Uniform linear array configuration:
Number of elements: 32
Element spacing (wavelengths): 0.5
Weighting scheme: exponential
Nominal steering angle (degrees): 15
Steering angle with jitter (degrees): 14.982
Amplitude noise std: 0.05
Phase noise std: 0.05

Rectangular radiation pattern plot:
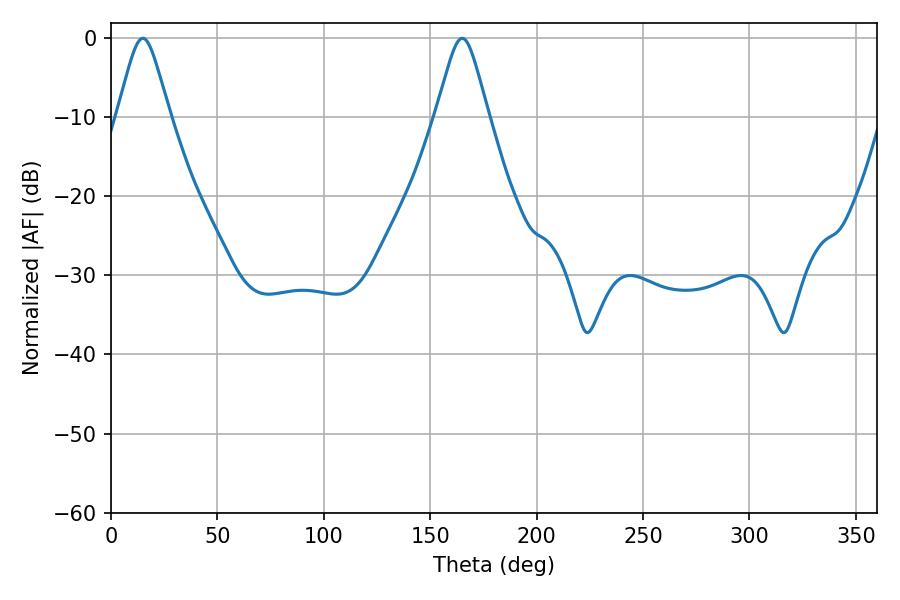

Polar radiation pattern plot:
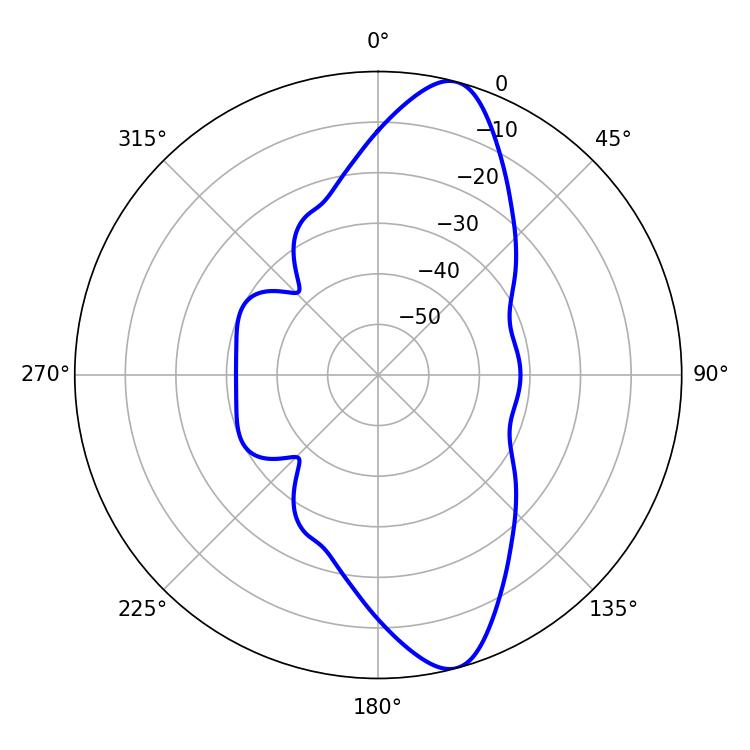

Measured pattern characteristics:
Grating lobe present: FALSE
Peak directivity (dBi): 11.883
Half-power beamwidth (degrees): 11.7
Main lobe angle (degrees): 14.94